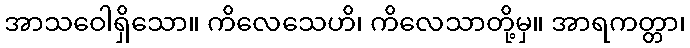
အာသဝေါရှိသော။ ကိလေသေဟိ၊ ကိလေသာတို့မှ။ အာရကတ္တာ၊